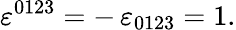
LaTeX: \varepsilon^{0123}=-\, \varepsilon_{0123}=1.